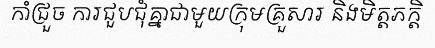
កាំជ្រួច ការជួបជុំគ្នាជាមួយក្រុមគ្រួសារ និងមិត្តភក្តិ